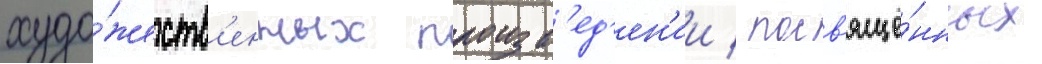
худо́жеств'енных произв'ед'ен'ии / посв'ящё́нных